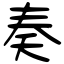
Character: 奏